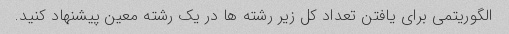
الگوریتمی برای یافتن تعداد کل زیر رشته ها در یک رشته معین پیشنهاد کنید.